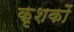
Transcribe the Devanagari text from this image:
कृशकों